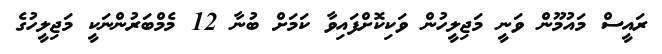
ރައީސް މައުމޫން ވަނީ މަޖިލީހުން ވަކިކޮށްފައިވާ ކަމަށް ބުނާ 12 މެމްބަރުންނަކީ މަޖިލީހުގެ